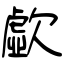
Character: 歔